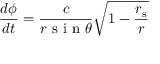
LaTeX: { \frac { d \phi } { d t } } = { \frac { c } { r { \textrm { s i n } } \theta } } { \sqrt { 1 - { \frac { r _ { \mathrm { { s } } } } { r } } } }